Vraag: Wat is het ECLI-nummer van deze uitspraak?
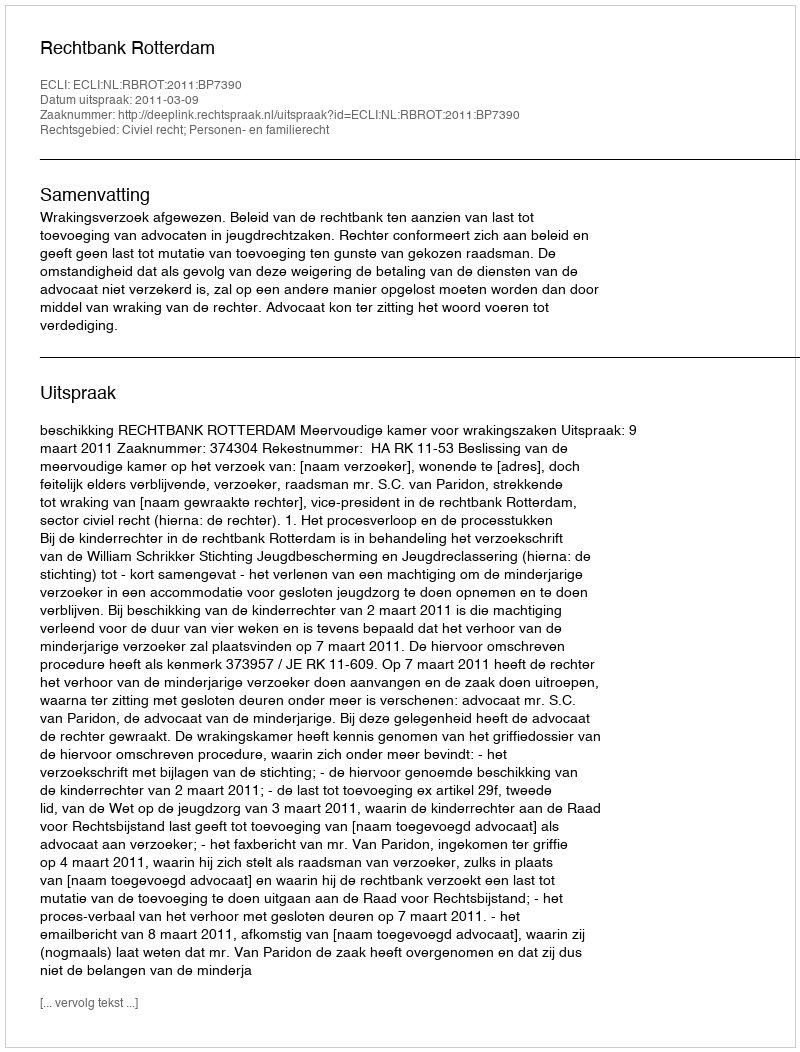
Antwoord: ECLI:NL:RBROT:2011:BP7390